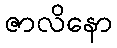
ဇာလိနော